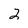
Character: 2